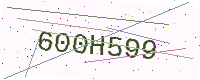
Text: 600H599